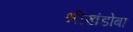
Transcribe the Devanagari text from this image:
श्रीखंडोबा